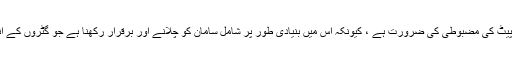
سیور انسپکٹر کا کام صرف آپ کو پیٹ کی مضبوطی کی ضرورت ہے ، کیونکہ اس میں بنیادی طور پر شامل سامان کو چلانے اور برقرار رکھنا ہے جو گٹروں کے اندر ویڈیو اور تصاویر لے سکتا ہے۔